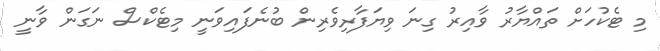
މި ޓެކުހަށް ތައްޔާރު ވާއިރު ގިނަ ވިޔަފާރިވެރިން ބުނެފައިވަނީ މިޓެކްސް ނަގަން ވާނީ